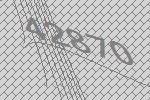
42870